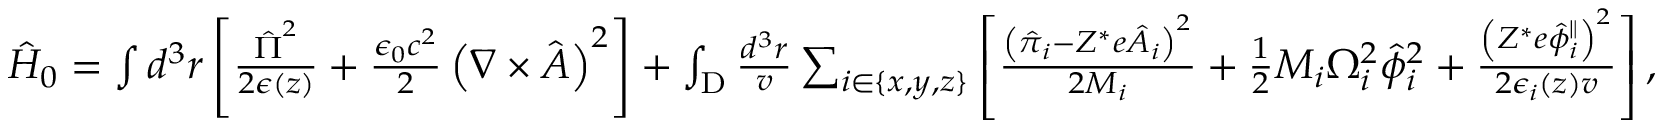
\begin{array} { r } { \hat { H } _ { 0 } = \int d ^ { 3 } r \left[ \frac { \hat { \boldsymbol { \Pi } } ^ { 2 } } { 2 \boldsymbol { \epsilon } ( z ) } + \frac { \epsilon _ { 0 } c ^ { 2 } } { 2 } \left( \nabla \times \hat { \boldsymbol { A } } \right) ^ { 2 } \right] + \int _ { \mathrm { D } } \frac { d ^ { 3 } r } { v } \sum _ { i \in \{ x , y , z \} } \left[ \frac { \left( \hat { \pi } _ { i } - Z ^ { * } e \hat { A } _ { i } \right) ^ { 2 } } { 2 M _ { i } } + \frac { 1 } { 2 } M _ { i } \Omega _ { i } ^ { 2 } \hat { \phi } _ { i } ^ { 2 } + \frac { \left( Z ^ { * } e \hat { \phi } _ { i } ^ { \parallel } \right) ^ { 2 } } { 2 \epsilon _ { i } ( z ) v } \right] , } \end{array}